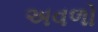
અવળો